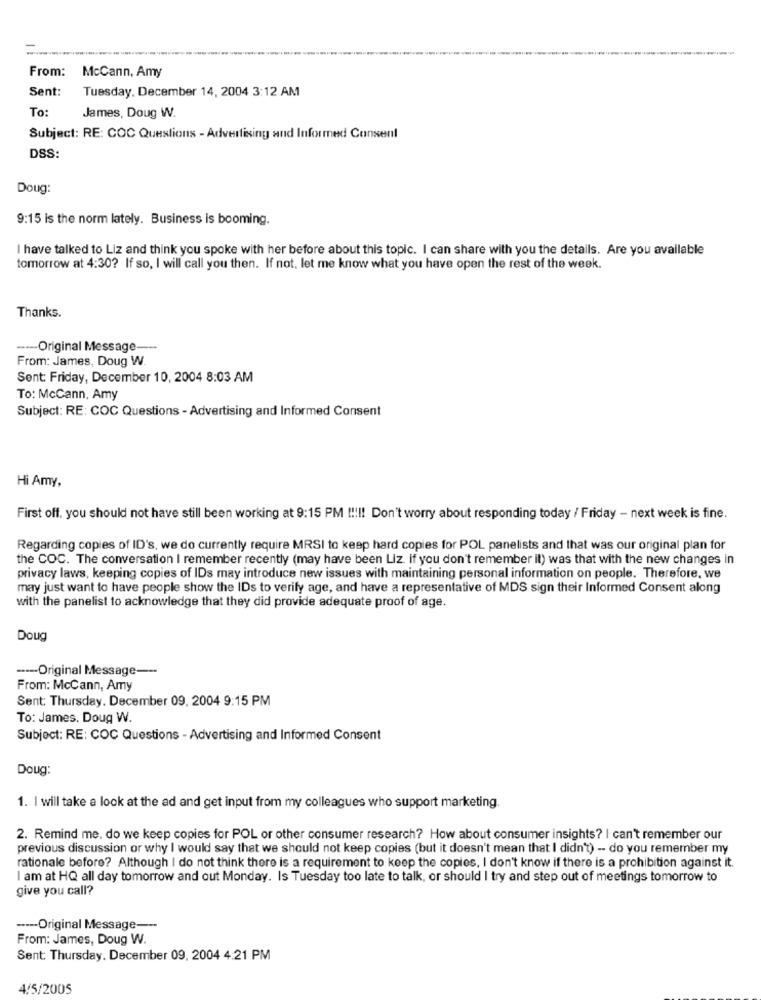
McCann, Amy
From:
Sent:
Tuesday, December 14, 2004 3:12 AM
To:
James, Doug W.
Subject: RE: COC Questions - Advertising and Informed Consent
DSS:
Doug:
9:15 is the norm lately. Business is booming.
I have talked to Liz and think you spoke with her before about this topic. I can share with you the details. Are you available
tomorrow at 4:30? If so, I will call you then. If not, let me know what you have open the rest of the week.
Thanks.
----- Original Message
From: James, Doug W.
Sent: Friday, December 10, 2004 8:03 AM
To: McCann, Amy
Subject: RE: COC Questions - Advertising and Informed Consent
Hi Amy,
First off. you should not have still been working at 9:15 PM !!!!! Don't worry about responding today / Friday - next week is fine.
Regarding copies of ID's, we do currently require MRSI to keep hard copies for POL panelists and that was our original plan for
the COC. The conversation I remember recently (may have been Liz. if you don't remember it) was that with the new changes in
privacy laws, keeping copies of IDs may introduce new issues with maintaining personal information on people. Therefore, we
may just want to have people show the IDs to verify age, and have a representative of MDS sign their Informed Consent along
with the panelist to acknowledge that they did provide adequate proof of age.
Doug
--- Original Message ---
From: McCann, Amy
Sent: Thursday. December 09, 2004 9:15 PM
To: James. Doug W.
Subject: RE: COC Questions - Advertising and Informed Consent
Doug:
1. I will take a look at the ad and get input from my colleagues who support marketing.
2. Remind me, do we keep copies for POL or other consumer research? How about consumer insights? | can't remember our
previous discussion or why I would say that we should not keep copies (but it doesn't mean that I didn't) -- do you remember my
rationale before? Although I do not think there is a requirement to keep the copies, I don't know if there is a prohibition against it.
I am at HQ all day tomorrow and out Monday. Is Tuesday too late to talk, or should I try and step out of meetings tomorrow to
give you call?
---- Original Message ---
From: James, Doug W.
Sent: Thursday. December 09, 2004 4:21 PM
4/5/2005